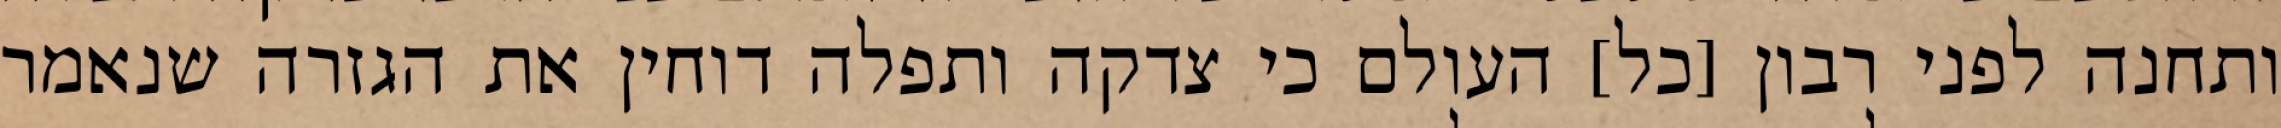
ותחנה לפני רבון [כל] העולם כי צדקה ותפלה דוחין את הגזרה שנאמר